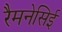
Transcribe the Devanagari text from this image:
रैमनेसिई